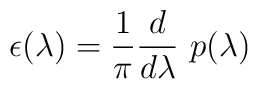
\epsilon(\lambda) = {1 \over  \pi} {d \over d \lambda} \p(\lambda)